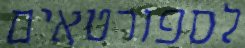
לספורטאים